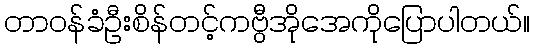
တာဝန်ခံဦးစိန်တင့်ကဗွီအိုအေကိုပြောပါတယ်။